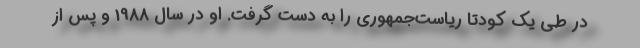
در طی یک کودتا ریاست‌جمهوری را به دست گرفت. او در سال 1988 و پس از